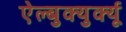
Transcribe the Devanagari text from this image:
ऐल्बुक्युर्क्यू